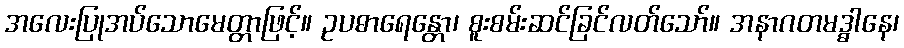
အလေးပြုအပ်သောမေတ္တာဖြင့်။ ဥပဓာရေန္တော၊ စူးစမ်းဆင်ခြင်လတ်သော်။ အနာဂတမဒ္ဓါနေ၊